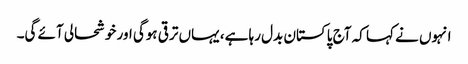
انہوں نے کہا کہ آج پاکستان بدل رہا ہے، یہاں ترقی ہوگی اور خوشحالی آئے گی۔